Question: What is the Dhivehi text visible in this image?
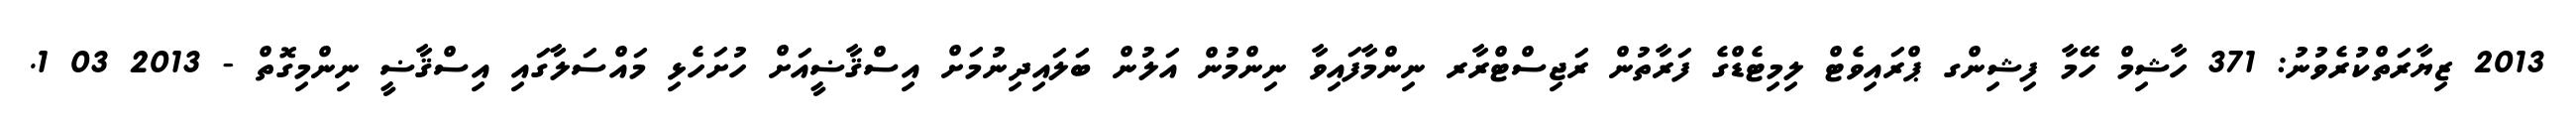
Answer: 2013 ޒިޔާރަތްކުރެވުނު: 371 ހާޝިމް ހޭމާ ފިޝިންގ ޕްރައިވެޓް ލިމިޓެޑްގެ ފަރާތުން ރަޖިސްޓްރާރ ނިންމާފައިވާ ނިންމުން އަލުން ބަލައިދިނުމަށް އިސްޤާޟީއަށް ހުށަހެޅި މައްސަލާގައި އިސްޤާޟީ ނިންމިގޮތް - 2013 03 1.